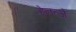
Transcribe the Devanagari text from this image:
हेनत्ज़े